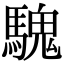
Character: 騩